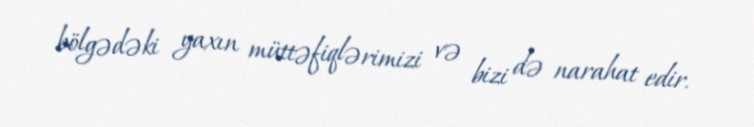
bölgədəki yaxın müttəfiqlərimizi və bizi də narahat edir.